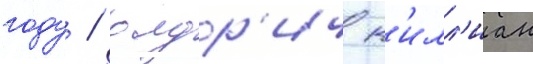
году / олдр'ич к'илл'иан